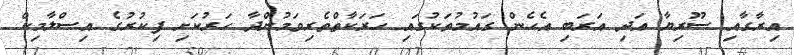
އިރާގާއި ސޫރިޔާ އަދި އަރަބި އެހެން ގައުމުތަކުގައި ހަރަކާތްތެރިވަމުންދާ ހަރުކަށި ފިކުރުގެ އިސްލާމިކް